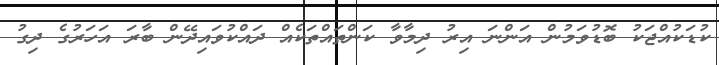
ކުޑަކުއްޖަކު ބޮޑުވަމުން އަންނަ އިރު ދިމާވާ ކަންތައްތަކެއް ދައްކުވައިދޭން ބާރަ އަހަރުގެ ދިގު